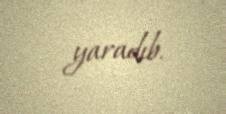
yaradıb.